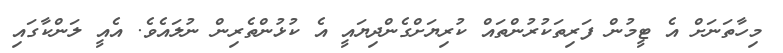
މިހާތަނަށް އެ ޓީމުން ފަރިތަކުރުންތައް ކުރިޔަށްގެންދިޔައީ އެ ކުޅުންތެރިން ނުލައެވެ. އެއީ ލަންކާގައި